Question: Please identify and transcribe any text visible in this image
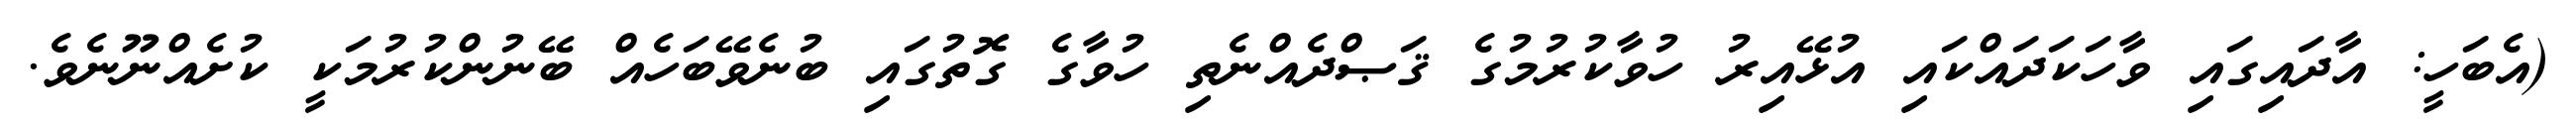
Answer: (އެބަހީ: އާދައިގައި ވާހަކަދައްކައި އުޅޭއިރު ހުވާކުރުމުގެ ޤަޞްދެއްނެތި ހުވާގެ ގޮތުގައި ބުނެވޭބަހެއް ބޭނުންކުރުމަކީ ކުށެއްނޫނެވެ.